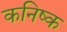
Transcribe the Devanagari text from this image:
कनिष्‍क